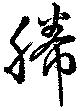
幐